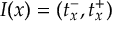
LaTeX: I ( x ) = ( t _ { x } ^ { - } , t _ { x } ^ { + } )